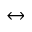
\leftrightarrow